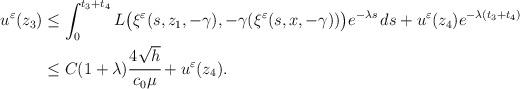
LaTeX: \begin{align*}\begin{aligned}u^\varepsilon (z_3) &\leq \int_0^{t_3 + t_4} L \big( \xi^\varepsilon (s, z_1, -\gamma ), -\gamma (\xi^\varepsilon (s, x, -\gamma )) \big) e^{-\lambda s} \, ds + u^\varepsilon (z_4) e^{-\lambda (t_3 + t_4)} \\ &\leq C(1 + \lambda ) \cfrac{4 \sqrt{h}}{c_0 \mu} + u^\varepsilon (z_4).\end{aligned}\end{align*}